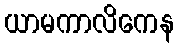
ယာမကာလိကေန